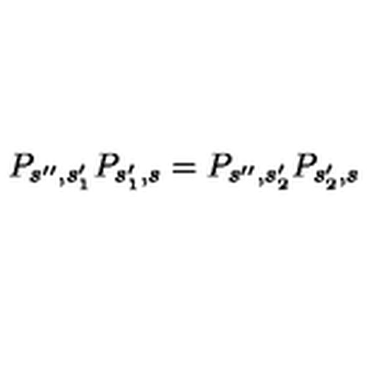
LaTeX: P _ { s ^ { \prime \prime } , s _ { 1 } ^ { \prime } } P _ { s _ { 1 } ^ { \prime } , s } = P _ { s ^ { \prime \prime } , s _ { 2 } ^ { \prime } } P _ { s _ { 2 } ^ { \prime } , s }